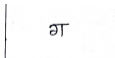
मजकूर: ग